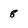
Character: 8